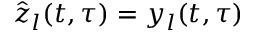
\hat { z } _ { l } ( t , \tau ) = y _ { l } ( t , \tau )